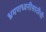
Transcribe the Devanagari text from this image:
भ्रमणध्वनीसाठीची